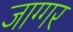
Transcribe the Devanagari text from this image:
जाग्गर